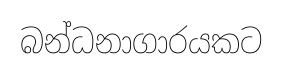
බන්ධනාගාරයකට